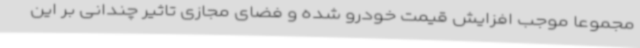
مجموعا موجب افزایش قیمت خودرو شده و فضای مجازی تاثیر چندانی بر این